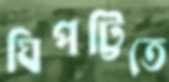
ঘিপট্টিতে